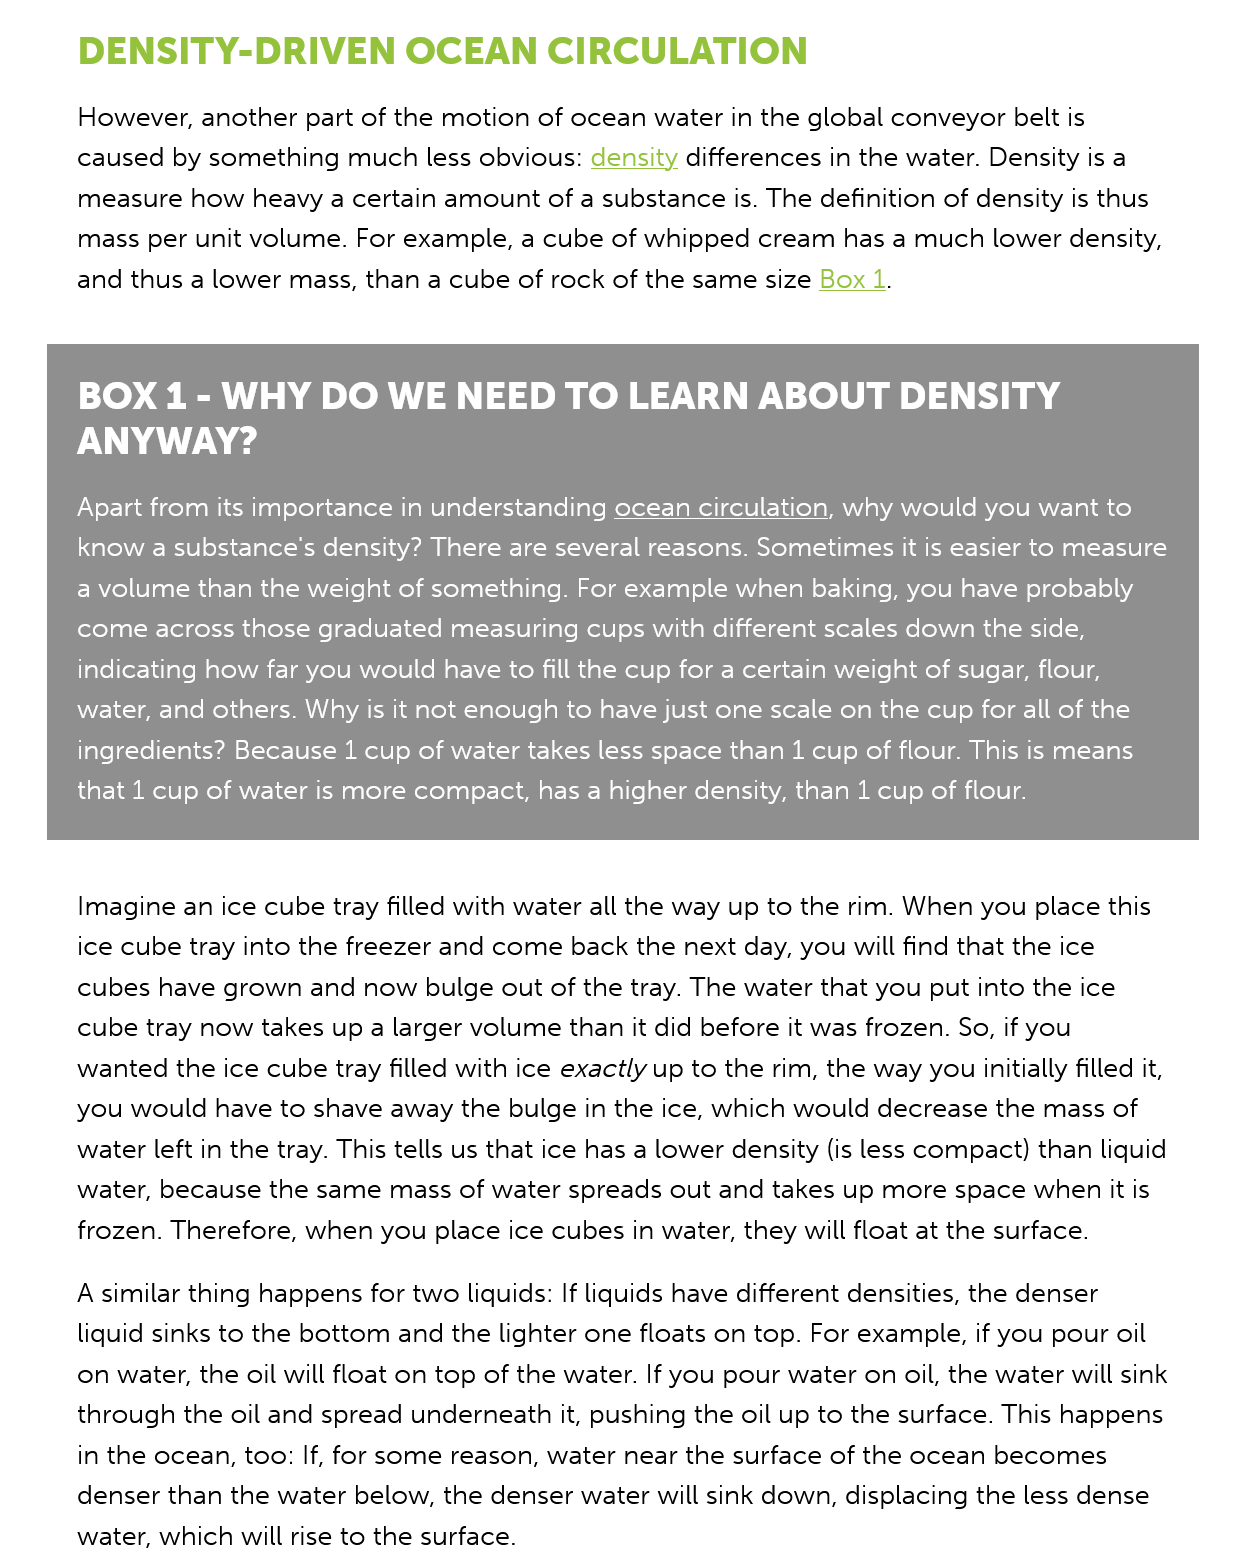
DENSITY-DRIVEN    OCEAN    CIRCULATION
     However, another part of the motion of ocean water in the global conveyor belt is
     caused by something much less obvious: density differences in the water. Density is a
     measure how  heavy a certain amount of a substance is. The definition of density is thus
     mass per unit volume. For example, a cube of whipped cream has a much lower density,
     and thus a lower mass, than a cube of rock of the same size Box 1.
     BOX   1  - WHY    DO  WE   NEED    TO   LEARN    ABOUT   DENSITY
     ANYWAY?
     Apart from its importance in understanding ocean circulation, why would you want to
     know a substance’s density? There are several reasons. Sometimes it is easier to measure
     a volume than the weight of something. For example when baking, you have probably
     come across those graduated measuring cups with different scales down the side,
     indicating how far you would have to fill the cup for a certain weight of sugar, flour,
     water, and others. Why is it not enough to have just one scale on the cup for all of the
     ingredients? Because 1 cup of water takes less space than 1 cup of flour. This is means
     that 1 cup of water is more compact, has a higher density, than 1 cup of flour.
     Imagine an ice cube tray filled with water all the way up to the rim. When you place this
     ice cube tray into the freezer and come back the next day, you will find that the ice
     cubes have grown and now bulge out of the tray. The water that you put into the ice
     cube tray now takes up a larger volume than it did before it was frozen. So, if you
     wanted the ice cube tray filled with ice exactly up to the rim, the way you initially filled it,
     you would have to shave away the bulge in the ice, which would decrease the mass of
     water left in the tray. This tells us that ice has a lower density (is less compact) than liquid
     water, because the same mass of water spreads out and takes up more space when it is
     frozen. Therefore, when you place ice cubes in water, they will float at the surface.
     A similar thing happens for two liquids: If liquids have different densities, the denser
     liquid sinks to the bottom and the lighter one floats on top. For example, if you pour oil
     on water, the oil will float on top of the water. If you pour water on oil, the water will sink
     through the oil and spread underneath it, pushing the oil up to the surface. This happens
     in the ocean, too: If, for some reason, water near the surface of the ocean becomes
     denser than the water below, the denser water will sink down, displacing the less dense
     water, which will rise to the surface.